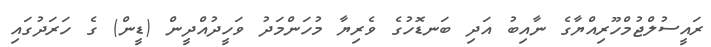
ރައީސުލްޖުމްހޫރިއްޔާގެ ނާއިބު އަދި ބަނޑޮހުގެ ވެރިޔާ މުހަންމަދު ވަހީދުއްދީން (ޑީން) ގެ ހަރަދުގައި